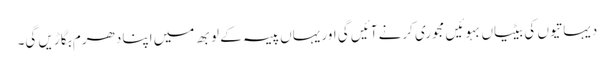
دیہاتیوں کی بیٹیاں بہوئیں مجوری کرنے آئیں گی اور یہاں پیسہ کے لوبھ میں اپنا دھرم بگاڑیں گی۔